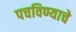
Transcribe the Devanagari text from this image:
पचविण्याचे